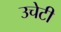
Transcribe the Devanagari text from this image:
उचेटी